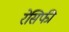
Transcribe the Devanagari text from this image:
रेसिफी